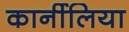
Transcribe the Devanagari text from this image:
कार्नीलिया